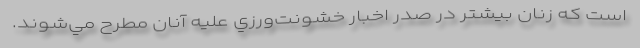
است كه زنان بيشتر در صدر اخبار خشونت‌ورزي عليه آنان مطرح مي‌شوند.